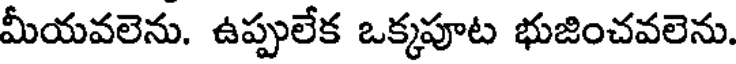
మీయవలెను. ఉప్పులేక ఒక్కపూట భుజించవలెను.